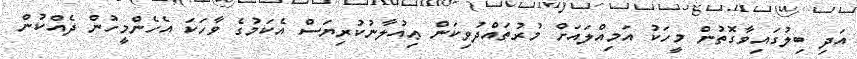
އަދި ބިލުގައިވާގޮތުން މީހަކު އަމިއްލައަށް މުރުތައްދުވިކަން ޢިއުލާނުކުރިޔަސް އެކަމުގެ ވާހަކަ އެހެންމީހުން ދެއްކުން